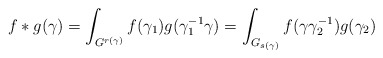
\begin{align*} f*g(\gamma)=\int_{G^{r(\gamma)}}f(\gamma_1)g(\gamma_1^{-1}\gamma) = \int_{G_{s(\gamma)}}f(\gamma\gamma_2^{-1})g(\gamma_2)\end{align*}